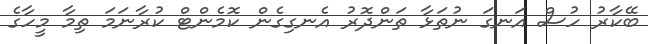
ބޭކާރު ހުސް އަނގަ ނުތަޅާ ތަންދޮރު އެނގިގެން ކޮމެންޓް ކުރާނަމަ ތިމާ މީހާގެ